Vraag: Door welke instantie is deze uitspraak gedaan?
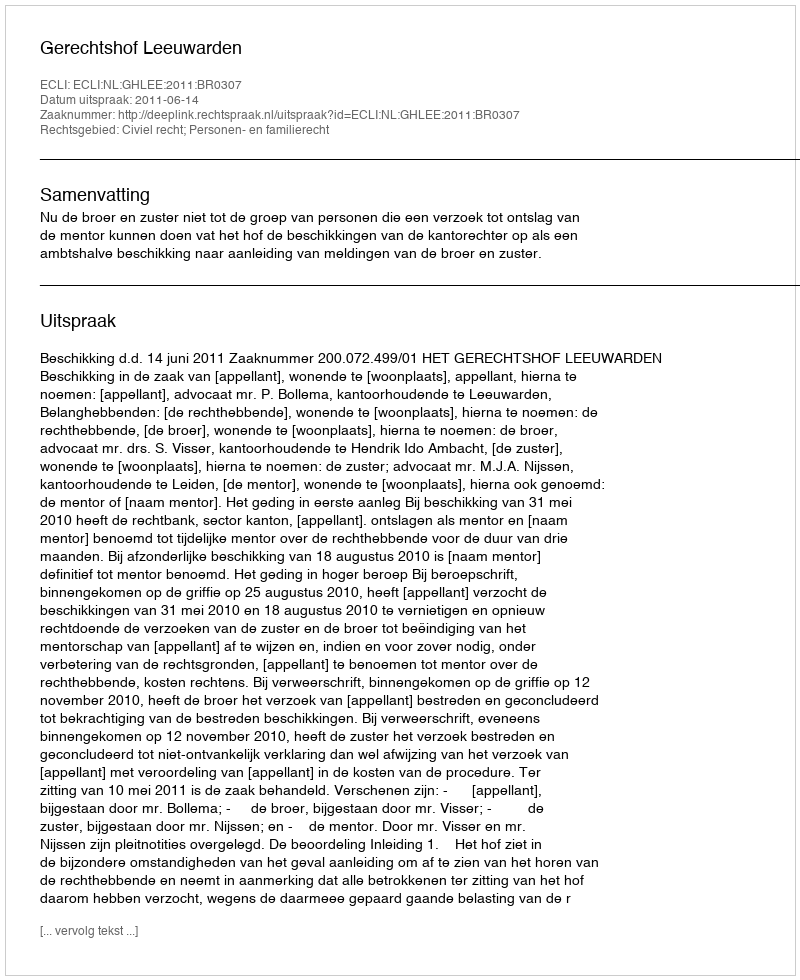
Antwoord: Gerechtshof Leeuwarden